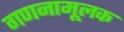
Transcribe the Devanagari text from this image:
गणनामूलक